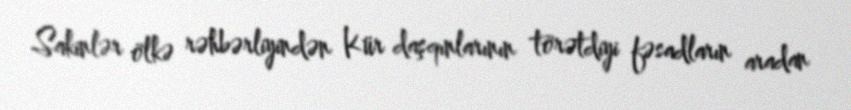
Sakinlər ölkə rəhbərliyindən Kür daşqınlarının törətdiyi fəsadların aradan